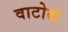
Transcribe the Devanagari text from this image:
वाटोळं